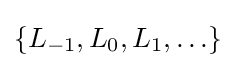
\{L_{-1},L_{0},L_{1},\ldots \}